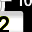
Digit: 2